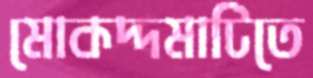
মোকদ্দমাটিতে